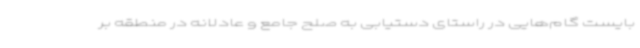
‌بایست گام‌هایی در راستای دستیابی به صلح جامع و عادلانه در منطقه بر